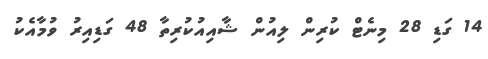
14 ގަޑި 28 މިނެޓް ކުރިން ލިއުން ޝާއިއުކުރިތާ 48 ގަޑިއިރު ވުމާއެކު